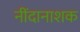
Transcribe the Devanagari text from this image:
नींदानाशक